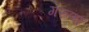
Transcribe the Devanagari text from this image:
गरुणा